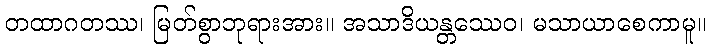
တထာဂတဿ၊ မြတ်စွာဘုရားအား။ အသာဒိယန္တဿေဝ၊ မသာယာစေကာမူ။